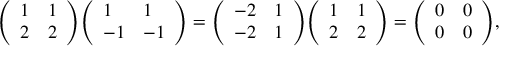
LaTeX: { \left( \begin{array} { l l } { 1 } & { 1 } \\ { 2 } & { 2 } \end{array} \right) } { \left( \begin{array} { l l } { 1 } & { 1 } \\ { - 1 } & { - 1 } \end{array} \right) } = { \left( \begin{array} { l l } { - 2 } & { 1 } \\ { - 2 } & { 1 } \end{array} \right) } { \left( \begin{array} { l l } { 1 } & { 1 } \\ { 2 } & { 2 } \end{array} \right) } = { \left( \begin{array} { l l } { 0 } & { 0 } \\ { 0 } & { 0 } \end{array} \right) } ,